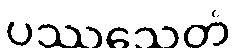
ပဿသေတံ